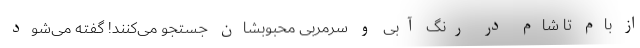
از بام تا شام در رنگ آبی و سرمربی محبوبشان جستجو می‌کنند! گفته می‌شود